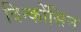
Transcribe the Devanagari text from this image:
विन्कोंसिन